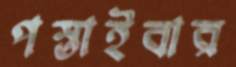
পস্তাইবার